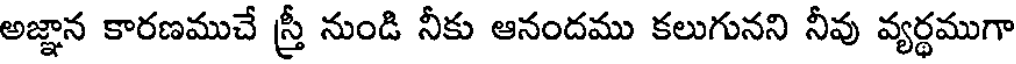
అజ్ఞాన కారణముచే స్త్రీ నుండి నీకు ఆనందము కలుగునని నీవు వ్యర్థముగా